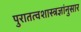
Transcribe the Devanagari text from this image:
पुरातत्वशास्त्रज्ञांनुसार